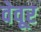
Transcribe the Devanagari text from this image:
वेवूर